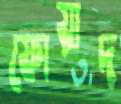
ফোয়াদ